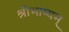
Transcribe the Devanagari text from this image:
श्रीभाष्यम्